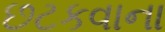
છટકવાના